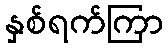
နှစ်ရက်ကြာ